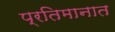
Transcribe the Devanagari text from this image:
प्रतिमानात